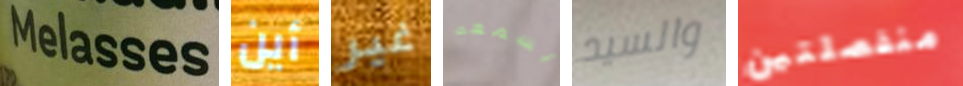
Melasses أين غير يسمعه والسيد منفصلتين